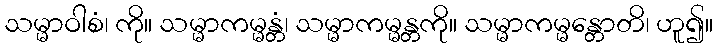
သမ္မာဝါစံ၊ ကို။ သမ္မာကမ္မန္တံ၊ သမ္မာကမ္မန္တကို။ သမ္မာကမ္မန္တောတိ၊ ဟူ၍။